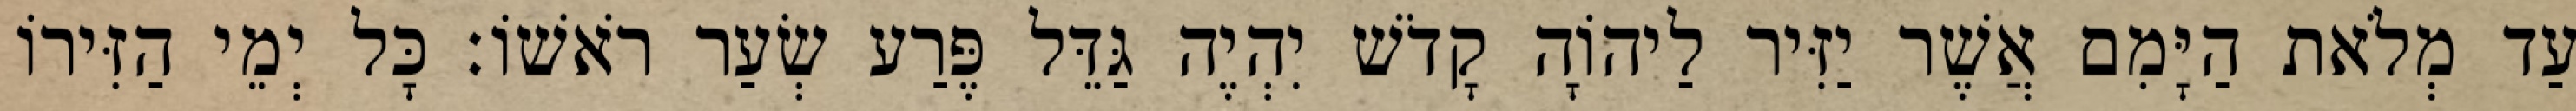
עַד מְלֹאת הַיָּמִם אֲשֶׁר יַזִּיר לַיהוָֹה קָדֹשׁ יִהְיֶה גַּדֵּל פֶּרַע שְׂעַר רֹאשׁוֹ׃ כָּל יְמֵי הַזִּירוֹ